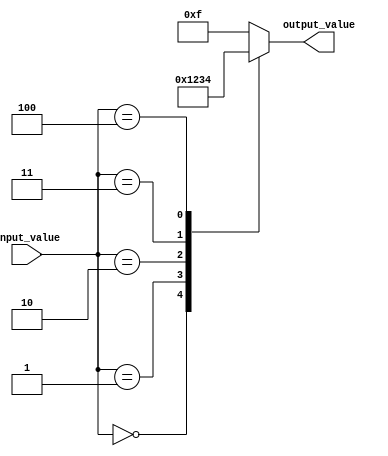
module case_statement_example(
    input wire [2:0] input_value,
    output reg [3:0] output_value
);

initial begin
    case(input_value)
        3'b000: output_value = 4'b0000; // if input_value is 000
        3'b001: output_value = 4'b0001; // if input_value is 001
        3'b010: output_value = 4'b0010; // if input_value is 010
        3'b011: output_value = 4'b0011; // if input_value is 011
        3'b100: output_value = 4'b0100; // if input_value is 100
        default: output_value = 4'b1111; // default case for unanticipated conditions
    endcase
end

endmodule